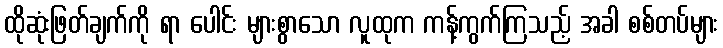
ထိုဆုံးဖြတ်ချက်ကို ရာ ပေါင်း များစွာသော လူထုက ကန့်ကွက်ကြသည့် အခါ စစ်တပ်များ